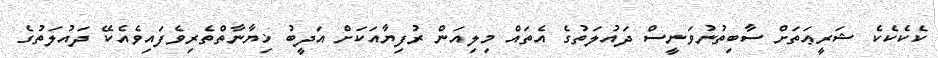
ކެކެކެކެ ޝަރީޢަތަށް ސާބިތުނުވަނީސް ދައުލަތުގެ އެތައް މިލިއަން ރުފިޔާއަކަށް އަދީބު ޚިޔާނާތްތެރިވެފައިވެއެކޭ ދައުލަތުގެ